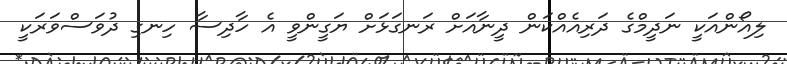
ލިއޯންއަކީ ނަދީމްގެ ދަރިއެއްކަން ދީނާއަށް ރަނގަޅަށް ޔަގީންވީ އެ ހާދިސާ ހިނގި ދުވަސްވަރަކީ